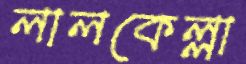
লালকেল্লা